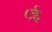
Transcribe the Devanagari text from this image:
८ई